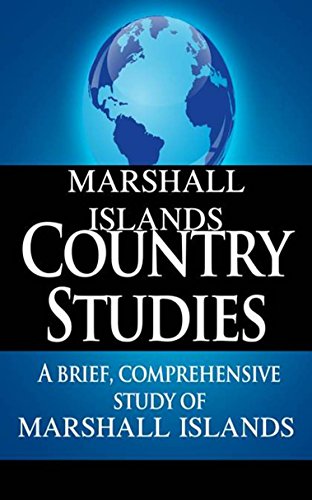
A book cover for MARSHALL ISLANDS Country Studies: A brief, comprehensive study of Marshall Islands; CIA; History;